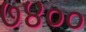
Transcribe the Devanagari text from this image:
७४००